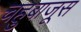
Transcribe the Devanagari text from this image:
चहुबाजूस